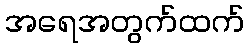
အရေအတွက်ထက်